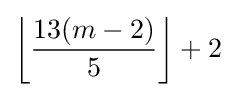
\left\lfloor {\frac {13(m-2)}{5}}\right\rfloor +2